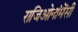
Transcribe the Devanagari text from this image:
राजिओनांमेंसी